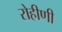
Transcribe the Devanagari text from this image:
रोहीणी